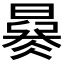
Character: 𣊜